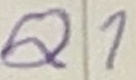
Text: Q1